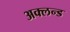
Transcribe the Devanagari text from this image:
अक्लन्ड